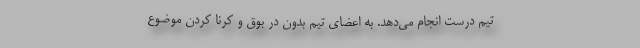
تیم درست انجام می‌دهد. به اعضای تیم بدون در بوق و کرنا کردن موضوع